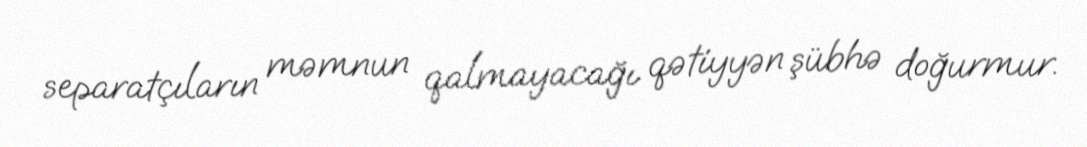
separatçıların məmnun qalmayacağı qətiyyən şübhə doğurmur.